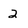
Character: 2